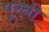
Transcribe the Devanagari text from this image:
पूरनी